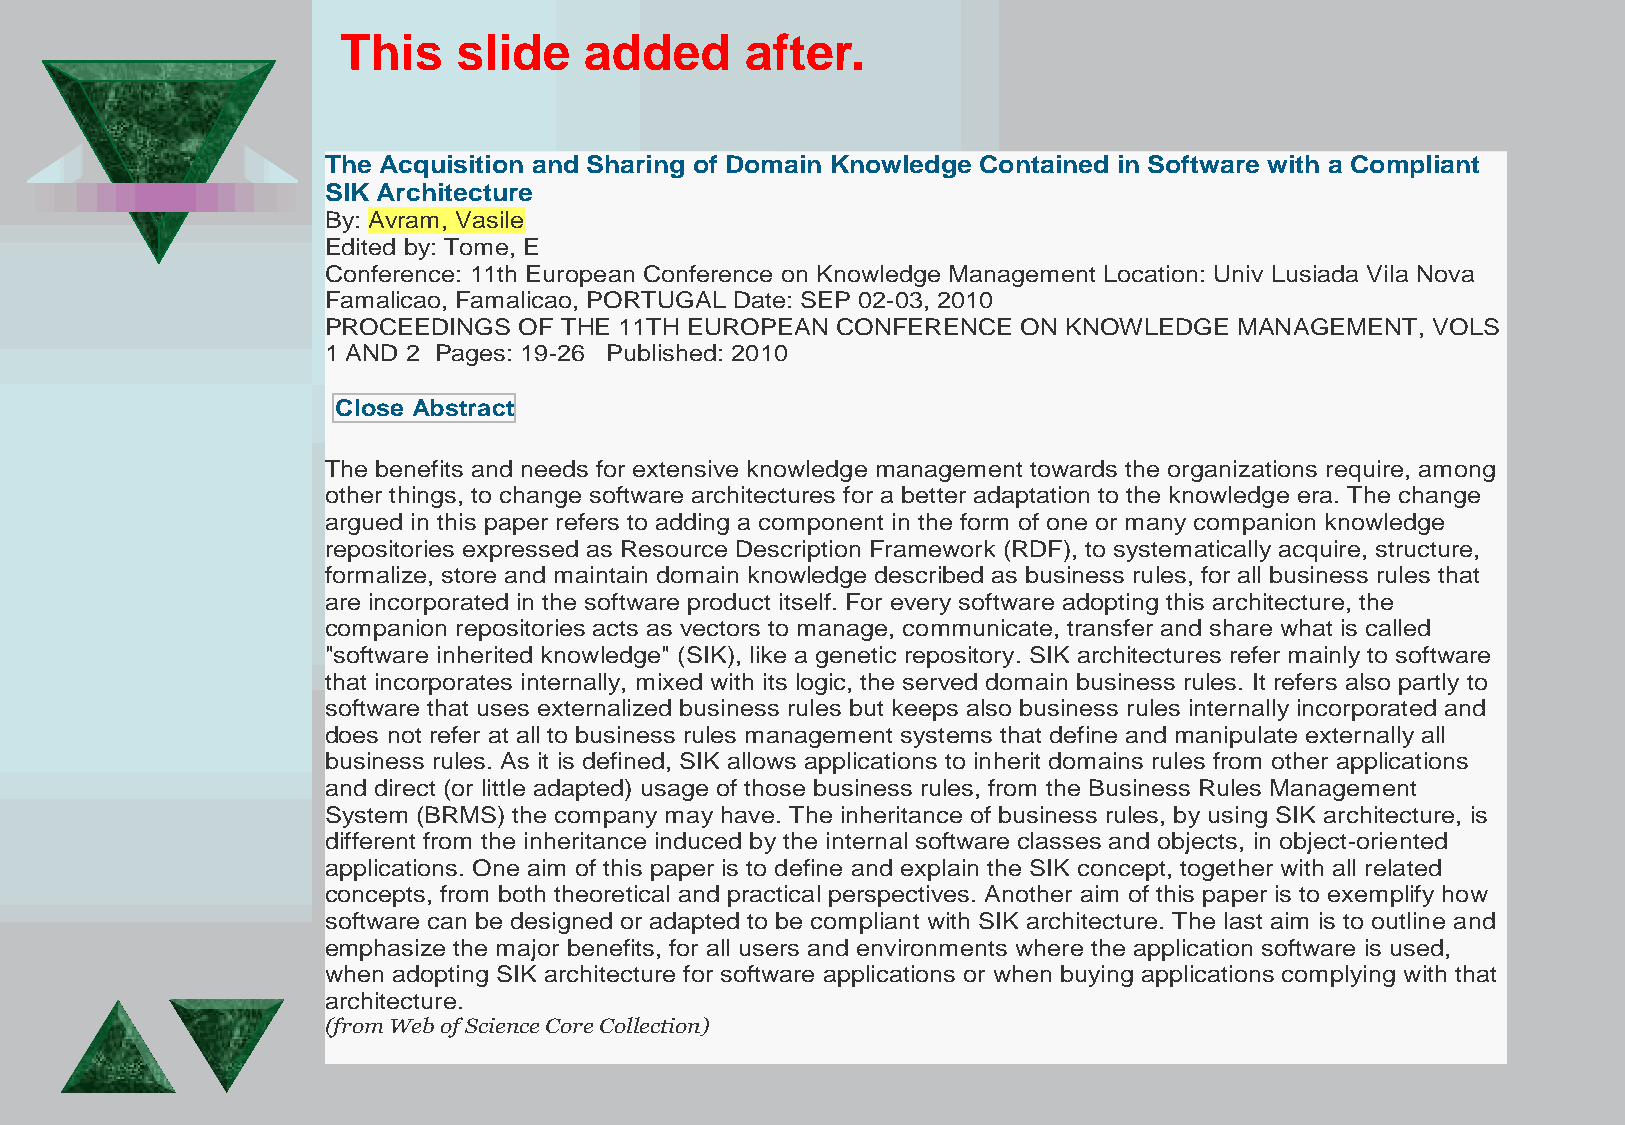
This    slide    added     after.
 The Acquisition and Sharing of Domain Knowledge Contained in Software with a Compliant
 SIK Architecture
 By: Avram, Vasile
 Edited by: Tome, E
 Conference: 11th European Conference on Knowledge Management Location: Univ Lusiada Vila Nova
 Famalicao, Famalicao, PORTUGAL Date: SEP 02-03, 2010
 PROCEEDINGS OF THE 11TH EUROPEAN CONFERENCE   ON KNOWLEDGE  MANAGEMENT,  VOLS
 1 AND 2 Pages: 19-26 Published: 2010
 Close Abstract
 The benefits and needs for extensive knowledge management towards the organizations require, among
 other things, to change software architectures for a better adaptation to the knowledge era. The change
 argued in this paper refers to adding a component in the form of one or many companion knowledge
 repositories expressed as Resource Description Framework (RDF), to systematically acquire, structure,
 formalize, store and maintain domain knowledge described as business rules, for all business rules that
 are incorporated in the software product itself. For every software adopting this architecture, the
 companion repositories acts as vectors to manage, communicate, transfer and share what is called
 "software inherited knowledge" (SIK), like a genetic repository. SIK architectures refer mainly to software
 that incorporates internally, mixed with its logic, the served domain business rules. It refers also partly to
 software that uses externalized business rules but keeps also business rules internally incorporated and
 does not refer at all to business rules management systems that define and manipulate externally all
 business rules. As it is defined, SIK allows applications to inherit domains rules from other applications
 and direct (or little adapted) usage of those business rules, from the Business Rules Management
 System (BRMS) the company may have. The inheritance of business rules, by using SIK architecture, is
 different from the inheritance induced by the internal software classes and objects, in object-oriented
 applications. One aim of this paper is to define and explain the SIK concept, together with all related
 concepts, from both theoretical and practical perspectives. Another aim of this paper is to exemplify how
 software can be designed or adapted to be compliant with SIK architecture. The last aim is to outline and
 emphasize the major benefits, for all users and environments where the application software is used,
 when adopting SIK architecture for software applications or when buying applications complying with that
 architecture.
 (from Web of Science Core Collection)